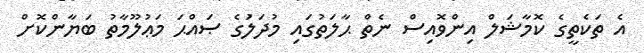
އެ ތަކެތީގެ ކޮމާޝަލް އިންވޮއިސް ނެތް ޙާލަތުގައި މުދަލަުގެ ޞައްޙަ މަޢުލޫމާތު ބަޔާންކޮށް